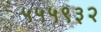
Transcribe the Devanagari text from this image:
५५५९३२